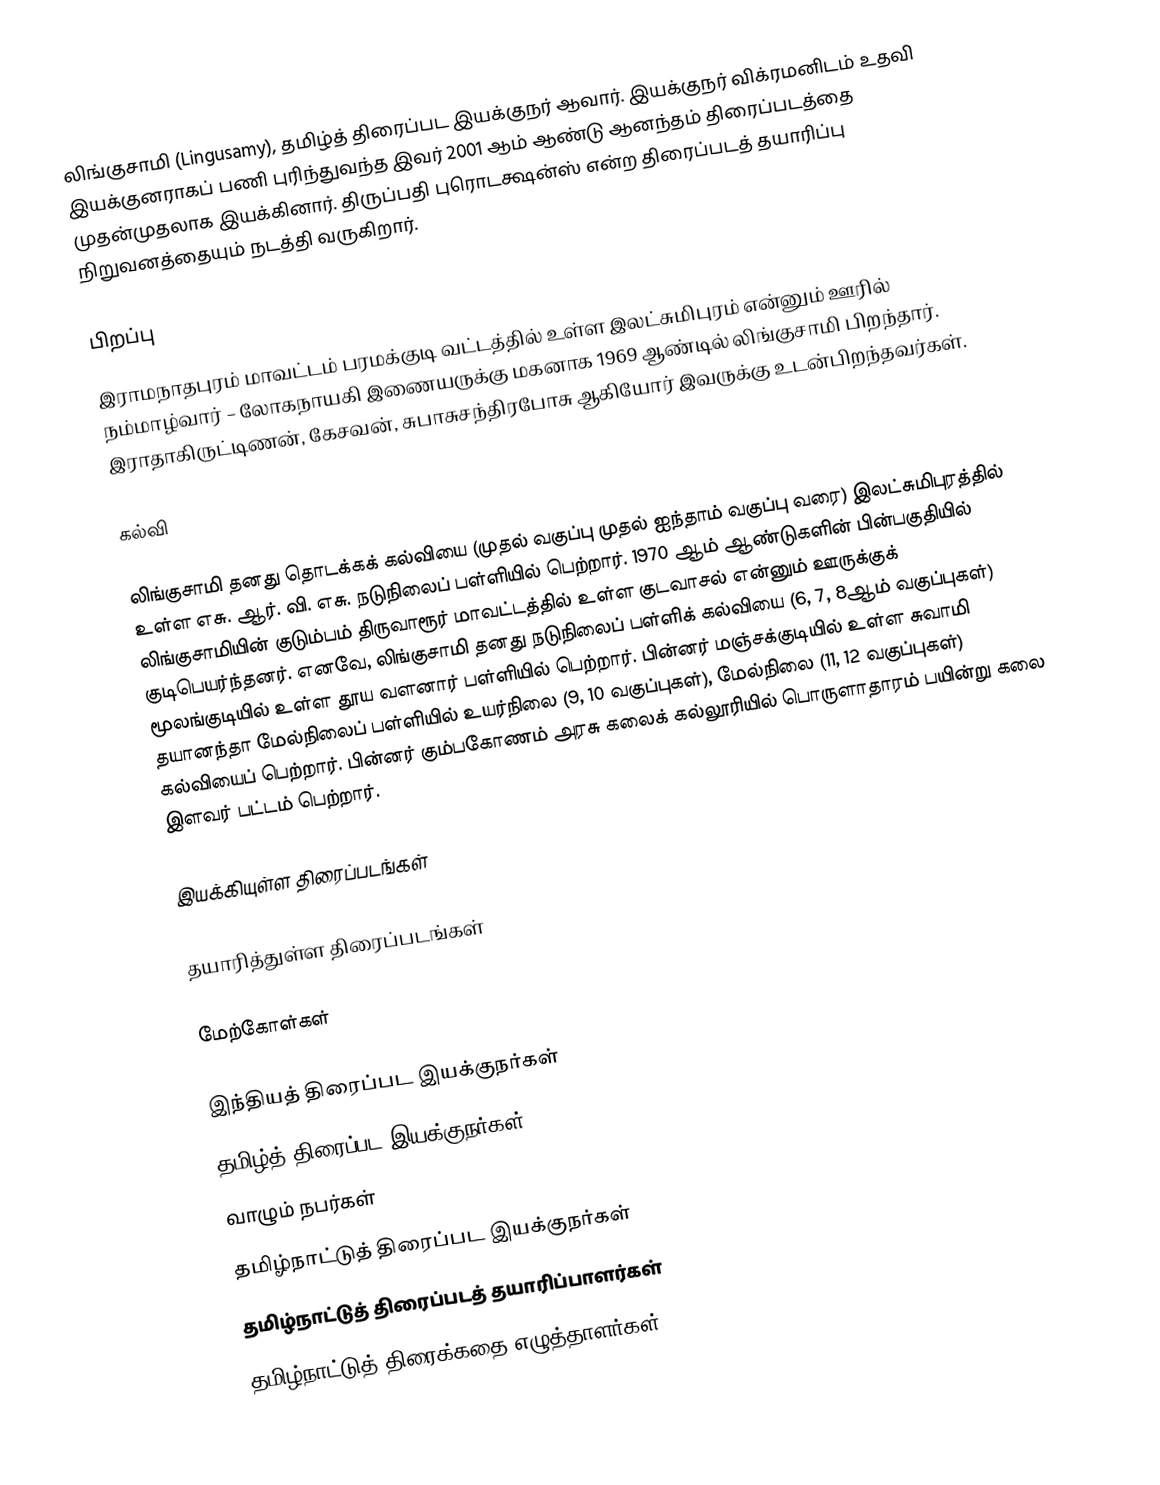
லிங்குசாமி (Lingusamy),  தமிழ்த் திரைப்பட இயக்குநர் ஆவார். இயக்குநர் விக்ரமனிடம் உதவி இயக்குனராகப் பணி புரிந்துவந்த இவர் 2001 ஆம் ஆண்டு ஆனந்தம் திரைப்படத்தை முதன்முதலாக இயக்கினார். திருப்பதி புரொடக்ஷன்ஸ் என்ற திரைப்படத் தயாரிப்பு நிறுவனத்தையும் நடத்தி வருகிறார்.

பிறப்பு
இராமநாதபுரம் மாவட்டம் பரமக்குடி வட்டத்தில் உள்ள இலட்சுமிபுரம் என்னும் ஊரில் நம்மாழ்வார் – லோகநாயகி இணையருக்கு மகனாக 1969 ஆண்டில் லிங்குசாமி பிறந்தார்.  இராதாகிருட்டிணன், கேசவன், சுபாசுசந்திரபோசு ஆகியோர் இவருக்கு உடன்பிறந்தவர்கள்.

கல்வி

லிங்குசாமி தனது தொடக்கக் கல்வியை (முதல் வகுப்பு முதல் ஐந்தாம் வகுப்பு வரை) இலட்சுமிபுரத்தில் உள்ள எசு. ஆர். வி. எசு. நடுநிலைப் பள்ளியில் பெற்றார். 1970 ஆம் ஆண்டுகளின் பின்பகுதியில் லிங்குசாமியின் குடும்பம் திருவாரூர் மாவட்டத்தில் உள்ள குடவாசல் என்னும் ஊருக்குக் குடிபெயர்ந்தனர்.  எனவே, லிங்குசாமி தனது நடுநிலைப் பள்ளிக் கல்வியை (6, 7, 8ஆம் வகுப்புகள்) மூலங்குடியில் உள்ள தூய வளனார் பள்ளியில் பெற்றார். பின்னர் மஞ்சக்குடியில் உள்ள சுவாமி தயானந்தா மேல்நிலைப் பள்ளியில் உயர்நிலை (9, 10 வகுப்புகள்), மேல்நிலை (11, 12 வகுப்புகள்) கல்வியைப் பெற்றார்.  பின்னர் கும்பகோணம் அரசு கலைக் கல்லூரியில் பொருளாதாரம் பயின்று கலை இளவர் பட்டம் பெற்றார்.

இயக்கியுள்ள திரைப்படங்கள்

தயாரித்துள்ள திரைப்படங்கள்

மேற்கோள்கள்

இந்தியத் திரைப்பட இயக்குநர்கள்
தமிழ்த் திரைப்பட இயக்குநர்கள்
வாழும் நபர்கள்
தமிழ்நாட்டுத் திரைப்பட இயக்குநர்கள்
தமிழ்நாட்டுத் திரைப்படத் தயாரிப்பாளர்கள்
தமிழ்நாட்டுத் திரைக்கதை எழுத்தாளர்கள்